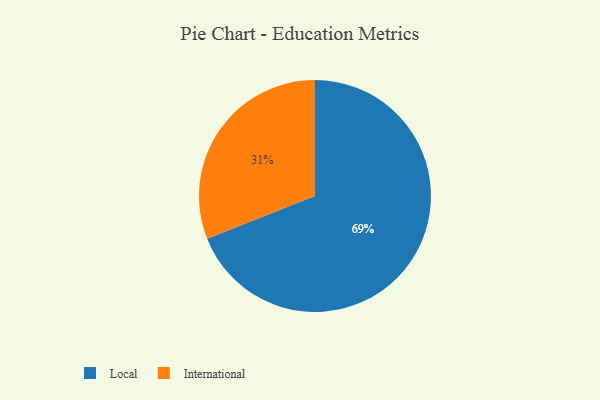
{"axis": {"x": "Category", "y": "Percentage"}, "legend": ["International", "Local"], "data": [{"x": "International", "y": 31, "type": "International"}, {"x": "Local", "y": 69, "type": "Local"}]}